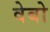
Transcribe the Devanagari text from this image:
वेबो